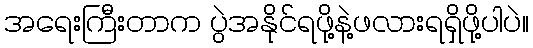
အရေးကြီးတာက ပွဲအနိုင်ရဖို့နဲ့ဖလားရရှိဖို့ပါပဲ။